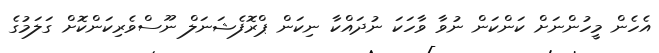
އެހެން މީހުންނަށް ކަންކަން ނުވާ ވާހަކަ ނުދައްކާ ނިކަން ޕްރޮފެޝަނަލް ނޫސްވެރިކަންކޮށް ގަލަމުގެ